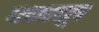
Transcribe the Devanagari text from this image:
बकासूर